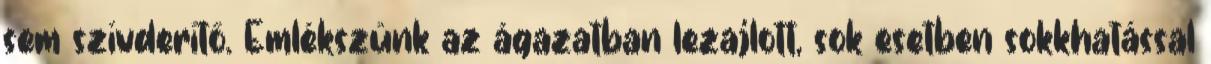
sem szívderítő. Emlékszünk az ágazatban lezajlott, sok esetben sokkhatással